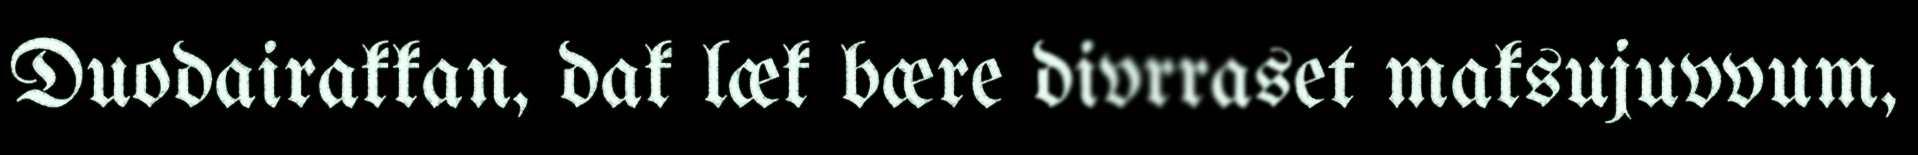
Duodairakkan, dak læk bære divrraset maksujuvvum,